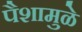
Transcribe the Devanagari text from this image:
पैशामुळे